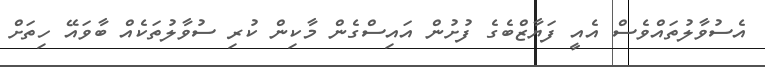
އެސުވާލުތައްވެސް އެއީ ފަޔާޒްބެގެ ފުށުން އައިސްގެން މާކިން ކުރި ސުވާލުތަކެއް ބާވައޭ ހިތަށް